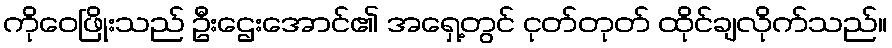
ကိုဝေဖြိုးသည် ဦးဌေးအောင်၏ အရှေ့တွင် ငုတ်တုတ် ထိုင်ချလိုက်သည်။